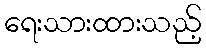
ရေးသားထားသည့်